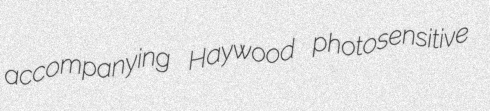
accompanying Haywood photosensitive